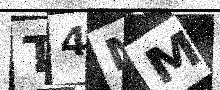
Text: T4MM